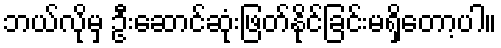
ဘယ်လိုမှ ဦးဆောင်ဆုံးဖြတ်နိုင်ခြင်းမရှိတော့ပါ။